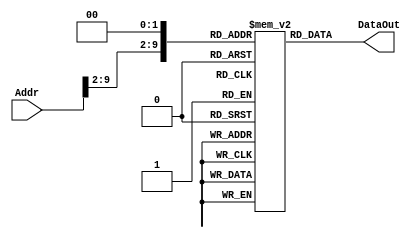
//Model for Instruction Memory in Single Cycle MIPS Architecture (Ver. 1.0)
module imem (Addr, DataOut);

    //IO signals
    input [31:0] Addr; //32-bit address bus
    output [31:0] DataOut;

    //declare memory words
    reg [31:0] mem[256:1023]; //instructions start at 0x100 (addr: 256 - 1023)

    //initialize memory words (with a test program)
    initial begin
	mem[32'h0000_0100] <= 32'h2002_0140;	//addi	$2 $0 320
	mem[32'h0000_0104] <= 32'h2003_0036;	//addi	$3 $0 54
	mem[32'h0000_0108] <= 32'h0060_2820;	//add	$5 $3 $0
	mem[32'h0000_010c] <= 32'h0000_2020;	//add	$4 $0 $0
	mem[32'h0000_0110] <= 32'h0082_2020;	//add	$4 $4 $2
	mem[32'h0000_0114] <= 32'h20A5_FFFE;	//addi	$5 $5 -2
	mem[32'h0000_0118] <= 32'h10A0_0001;	//beq	$5 $0 exit
	mem[32'h0000_011c] <= 32'h0800_0045;	//j	loop
	mem[32'h0000_0120] <= 32'h0000_000C;	//syscall	0
    end

    //word (instruction) read operation
    wire [31:0] WordAddr;
    assign WordAddr = {Addr[31:2], 2'b00};
    assign DataOut = mem[WordAddr]; //word read

endmodule